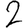
Digit: 2